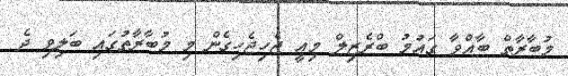
މުބާރާތް ބާއްވާ ގައުމު ބްރެޒިލް މިއީ ޖެހިޖެހިގެން މި މުބާރާތުގައި ބަލިވި ދެ